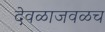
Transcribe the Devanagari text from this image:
देवळाजवळच